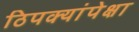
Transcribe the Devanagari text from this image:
ठिपक्यांपेक्षा